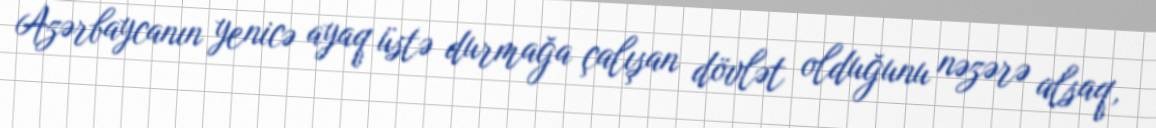
Azərbaycanın yenicə ayaq üstə durmağa çalışan dövlət olduğunu nəzərə alsaq,